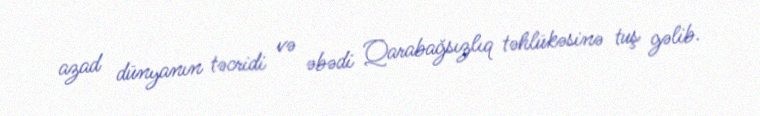
azad dünyanın təcridi və əbədi Qarabağsızlıq təhlükəsinə tuş gəlib.